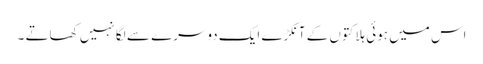
اس میں ہوئی ہلاکتوں کے آنکڑے ایک دوسرے سے لگا نہیں کھاتے ۔